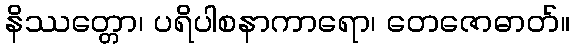
နိဿတ္တော၊ ပရိပါစနာကာရော၊ တေဇောဓာတ်။